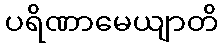
ပရိဏာမေယျာတိ